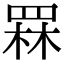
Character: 罧